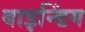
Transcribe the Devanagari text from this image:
बाइन्डिंग